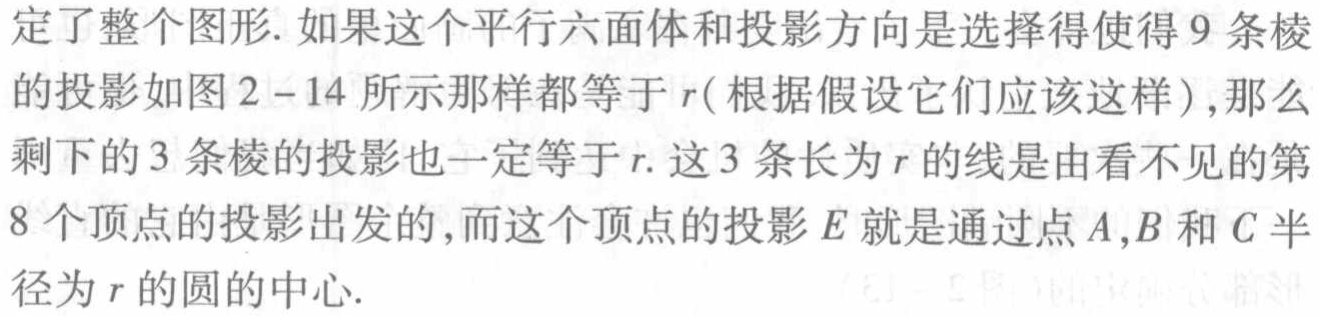
定了整个图形. 如果这个平行六面体和投影方向是选择得使得 9 条棱的投影如图 2 - 14 所示那样都等于 \(r\) (根据假设它们应该这样 ), 那么剩下的 3 条棱的投影也一定等于 \(r\). 这 3 条长为 \(r\) 的线是由看不见的第8 个顶点的投影出发的, 而这个顶点的投影 \(E\) 就是通过点 \(A,B\) 和 \(C\) 半径为 \(r\) 的圆的中心.